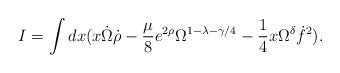
LaTeX: \begin{align*}I = \int dx ( x \dot{\Omega} \dot{\rho}- \frac{\mu}{8} e^{2 \rho} \Omega^{1 - \lambda - \gamma /4}- \frac{1}{4} x \Omega^{\delta} \dot{f}^2 ) .\end{align*}